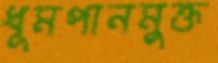
ধূমপানমুক্ত